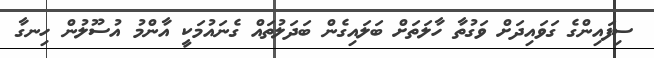
ސިފައިންގެ ގަވައިދަށް ވަގުތާ ހާލަތަށް ބަލައިގެން ބަދަލުތައް ގެނައުމަކީ އާންމު އުސޫލުން ހިނގާ